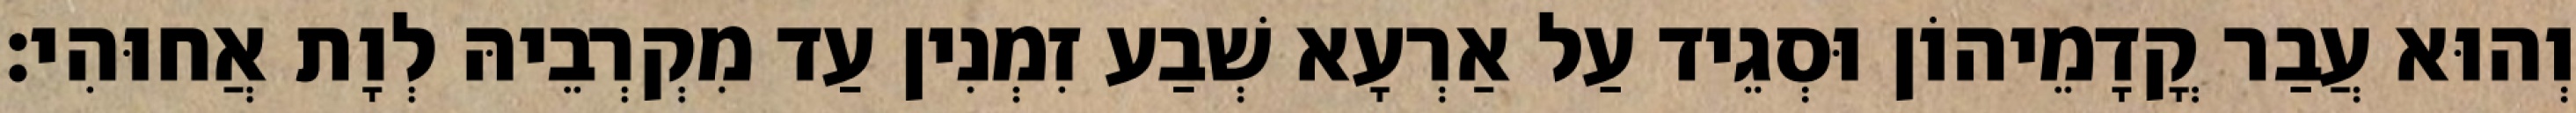
וְהוּא עֲבַר קֳדָמֵיהוֹן וּסְגֵיד עַל אַרְעָא שְׁבַע זִמְנִין עַד מִקְרְבֵיהּ לְוָת אֲחוּהִי׃